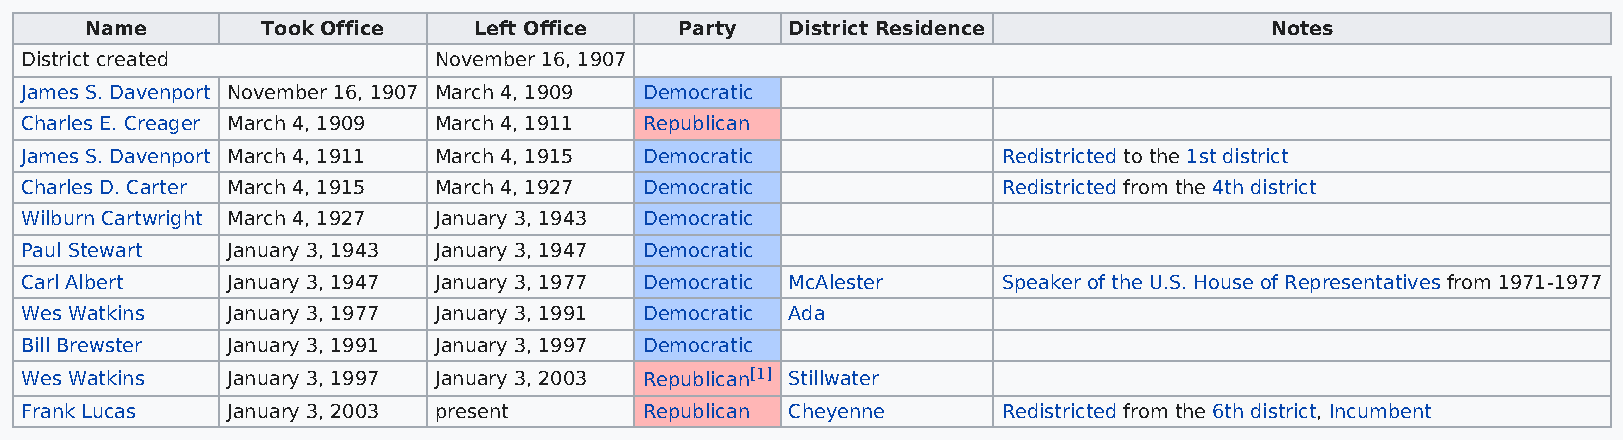
Name       Took Office   Left Office   Party  District Residence              Notes
 District created            November 16, 1907
 James S. Davenport November 16, 1907 March 4, 1909 Democratic
 Charles E. Creager March 4, 1909 March 4, 1911 Republican
 James S. Davenport March 4, 1911 March 4, 1915 Democratic        Redistricted to the 1st district
 Charles D. Carter March 4, 1915 March 4, 1927 Democratic         Redistricted from the 4th district
 Wilburn Cartwright March 4, 1927 January 3, 1943 Democratic
 Paul Stewart  January 3, 1943 January 3, 1947 Democratic
 Carl Albert   January 3, 1947 January 3, 1977 Democratic McAlester Speaker of the U.S. House of Representatives from 1971-1977
 Wes Watkins   January 3, 1977 January 3, 1991 Democratic Ada
 Bill Brewster January 3, 1991 January 3, 1997 Democratic
 Wes Watkins   January 3, 1997 January 3, 2003 Republican[1] Stillwater
 Frank Lucas   January 3, 2003 present     Republican Cheyenne    Redistricted from the 6th district, Incumbent